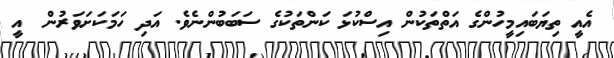
އެއީ ތިޔަބައިމީހުންގެ އަތްތަކުން އިސްކުޅަ ކަންތަކުގެ ސަބަބުންނެވެ. އަދި ހަމަކަށަވަރުން  އީ